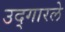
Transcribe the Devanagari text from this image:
उद्‌गारले